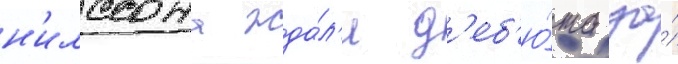
н'илссона жда́л'и д'еб'ю́та за́